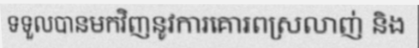
ទទួលបានមកវិញនូវការគោរពស្រលាញ់ និង